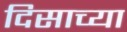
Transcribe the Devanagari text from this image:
दिसाच्या